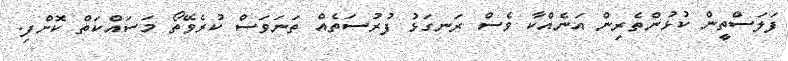
ފަލަސްތީން ކުޅުންތެރިން އަނެއްކާ ވެސް ރަނގަޅު ފުރުސަތެއް ތަނަވަސް ކުރެވޭތޯ މަސައްކަތް ކޮށްފި.